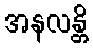
အနလန္တိ